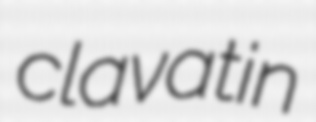
clavatin